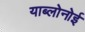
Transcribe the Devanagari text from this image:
याब्लोनोई